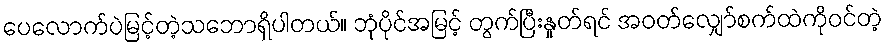
ပေလောက်ပဲမြင့်တဲ့သဘောရှိပါတယ်။ ဘုံပိုင်အမြင့် တွက်ပြီးနှုတ်ရင် အဝတ်လျှော်စက်ထဲကိုဝင်တဲ့